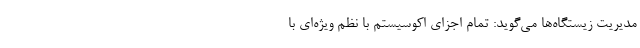
مدیریت زیستگاه‌ها می‌گوید: تمام اجزای اکوسیستم با نظم ویژه‌ای با